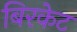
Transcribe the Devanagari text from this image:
बिरकेट